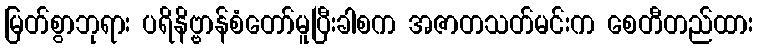
မြတ်စွာဘုရား ပရိနိဗ္ဗာန်စံတော်မူပြီးခါစက အဇာတသတ်မင်းက စေတီတည်ထား